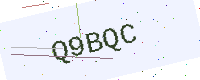
Text: Q9BQC